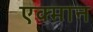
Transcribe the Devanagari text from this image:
एक्मान